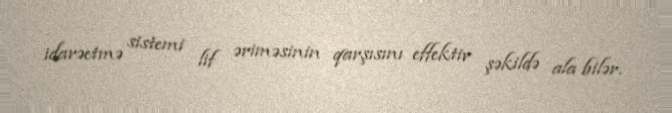
idarəetmə sistemi lif əriməsinin qarşısını effektiv şəkildə ala bilər.